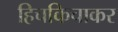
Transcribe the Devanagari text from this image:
हिचकिचाकर